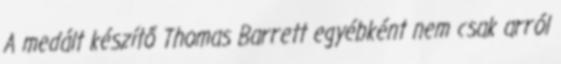
A medált készítő Thomas Barrett egyébként nem csak arról